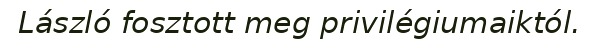
László fosztott meg privilégiumaiktól.